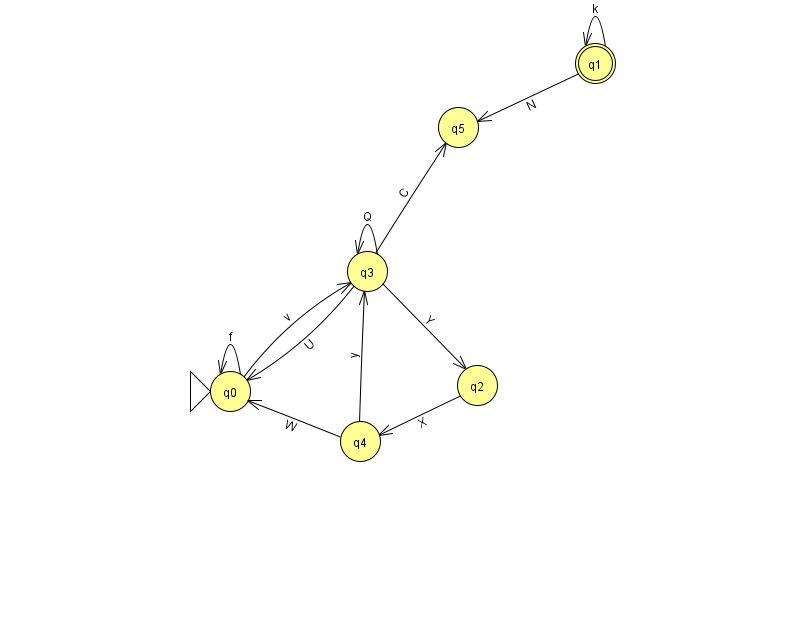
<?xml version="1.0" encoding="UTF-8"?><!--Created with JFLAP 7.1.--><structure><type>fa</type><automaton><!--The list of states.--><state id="0" name="q0"><x>230.0</x><y>378.0</y><initial/></state><state id="1" name="q1"><x>595.0</x><y>50.0</y><final/></state><state id="2" name="q2"><x>477.0</x><y>372.0</y></state><state id="3" name="q3"><x>367.0</x><y>258.0</y></state><state id="4" name="q4"><x>360.0</x><y>428.0</y></state><state id="5" name="q5"><x>458.0</x><y>114.0</y></state><!--The list of transitions.--><transition><from>3</from><to>5</to><read>C</read></transition><transition><from>3</from><to>3</to><read>Q</read></transition><transition><from>4</from><to>3</to><read>y</read></transition><transition><from>3</from><to>2</to><read>Y</read></transition><transition><from>1</from><to>5</to><read>N</read></transition><transition><from>0</from><to>0</to><read>f</read></transition><transition><from>4</from><to>0</to><read>W</read></transition><transition><from>2</from><to>4</to><read>X</read></transition><transition><from>1</from><to>1</to><read>k</read></transition><transition><from>0</from><to>3</to><read>v</read></transition><transition><from>3</from><to>0</to><read>U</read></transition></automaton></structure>